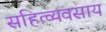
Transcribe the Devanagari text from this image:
सहित्व्यवसाय